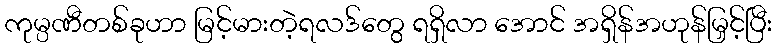
ကုမ္ပဏီတစ်ခုဟာ မြင့်မားတဲ့ရလဒ်တွေ ရရှိလာ အောင် အရှိန်အဟုန်မြှင့်ပြီး